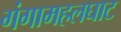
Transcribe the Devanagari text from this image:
गंगामहलघाट